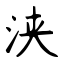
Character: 浃